65_HS1-834228961_62-HQ-83894_Serial_164
Agency: FBI
Page 54
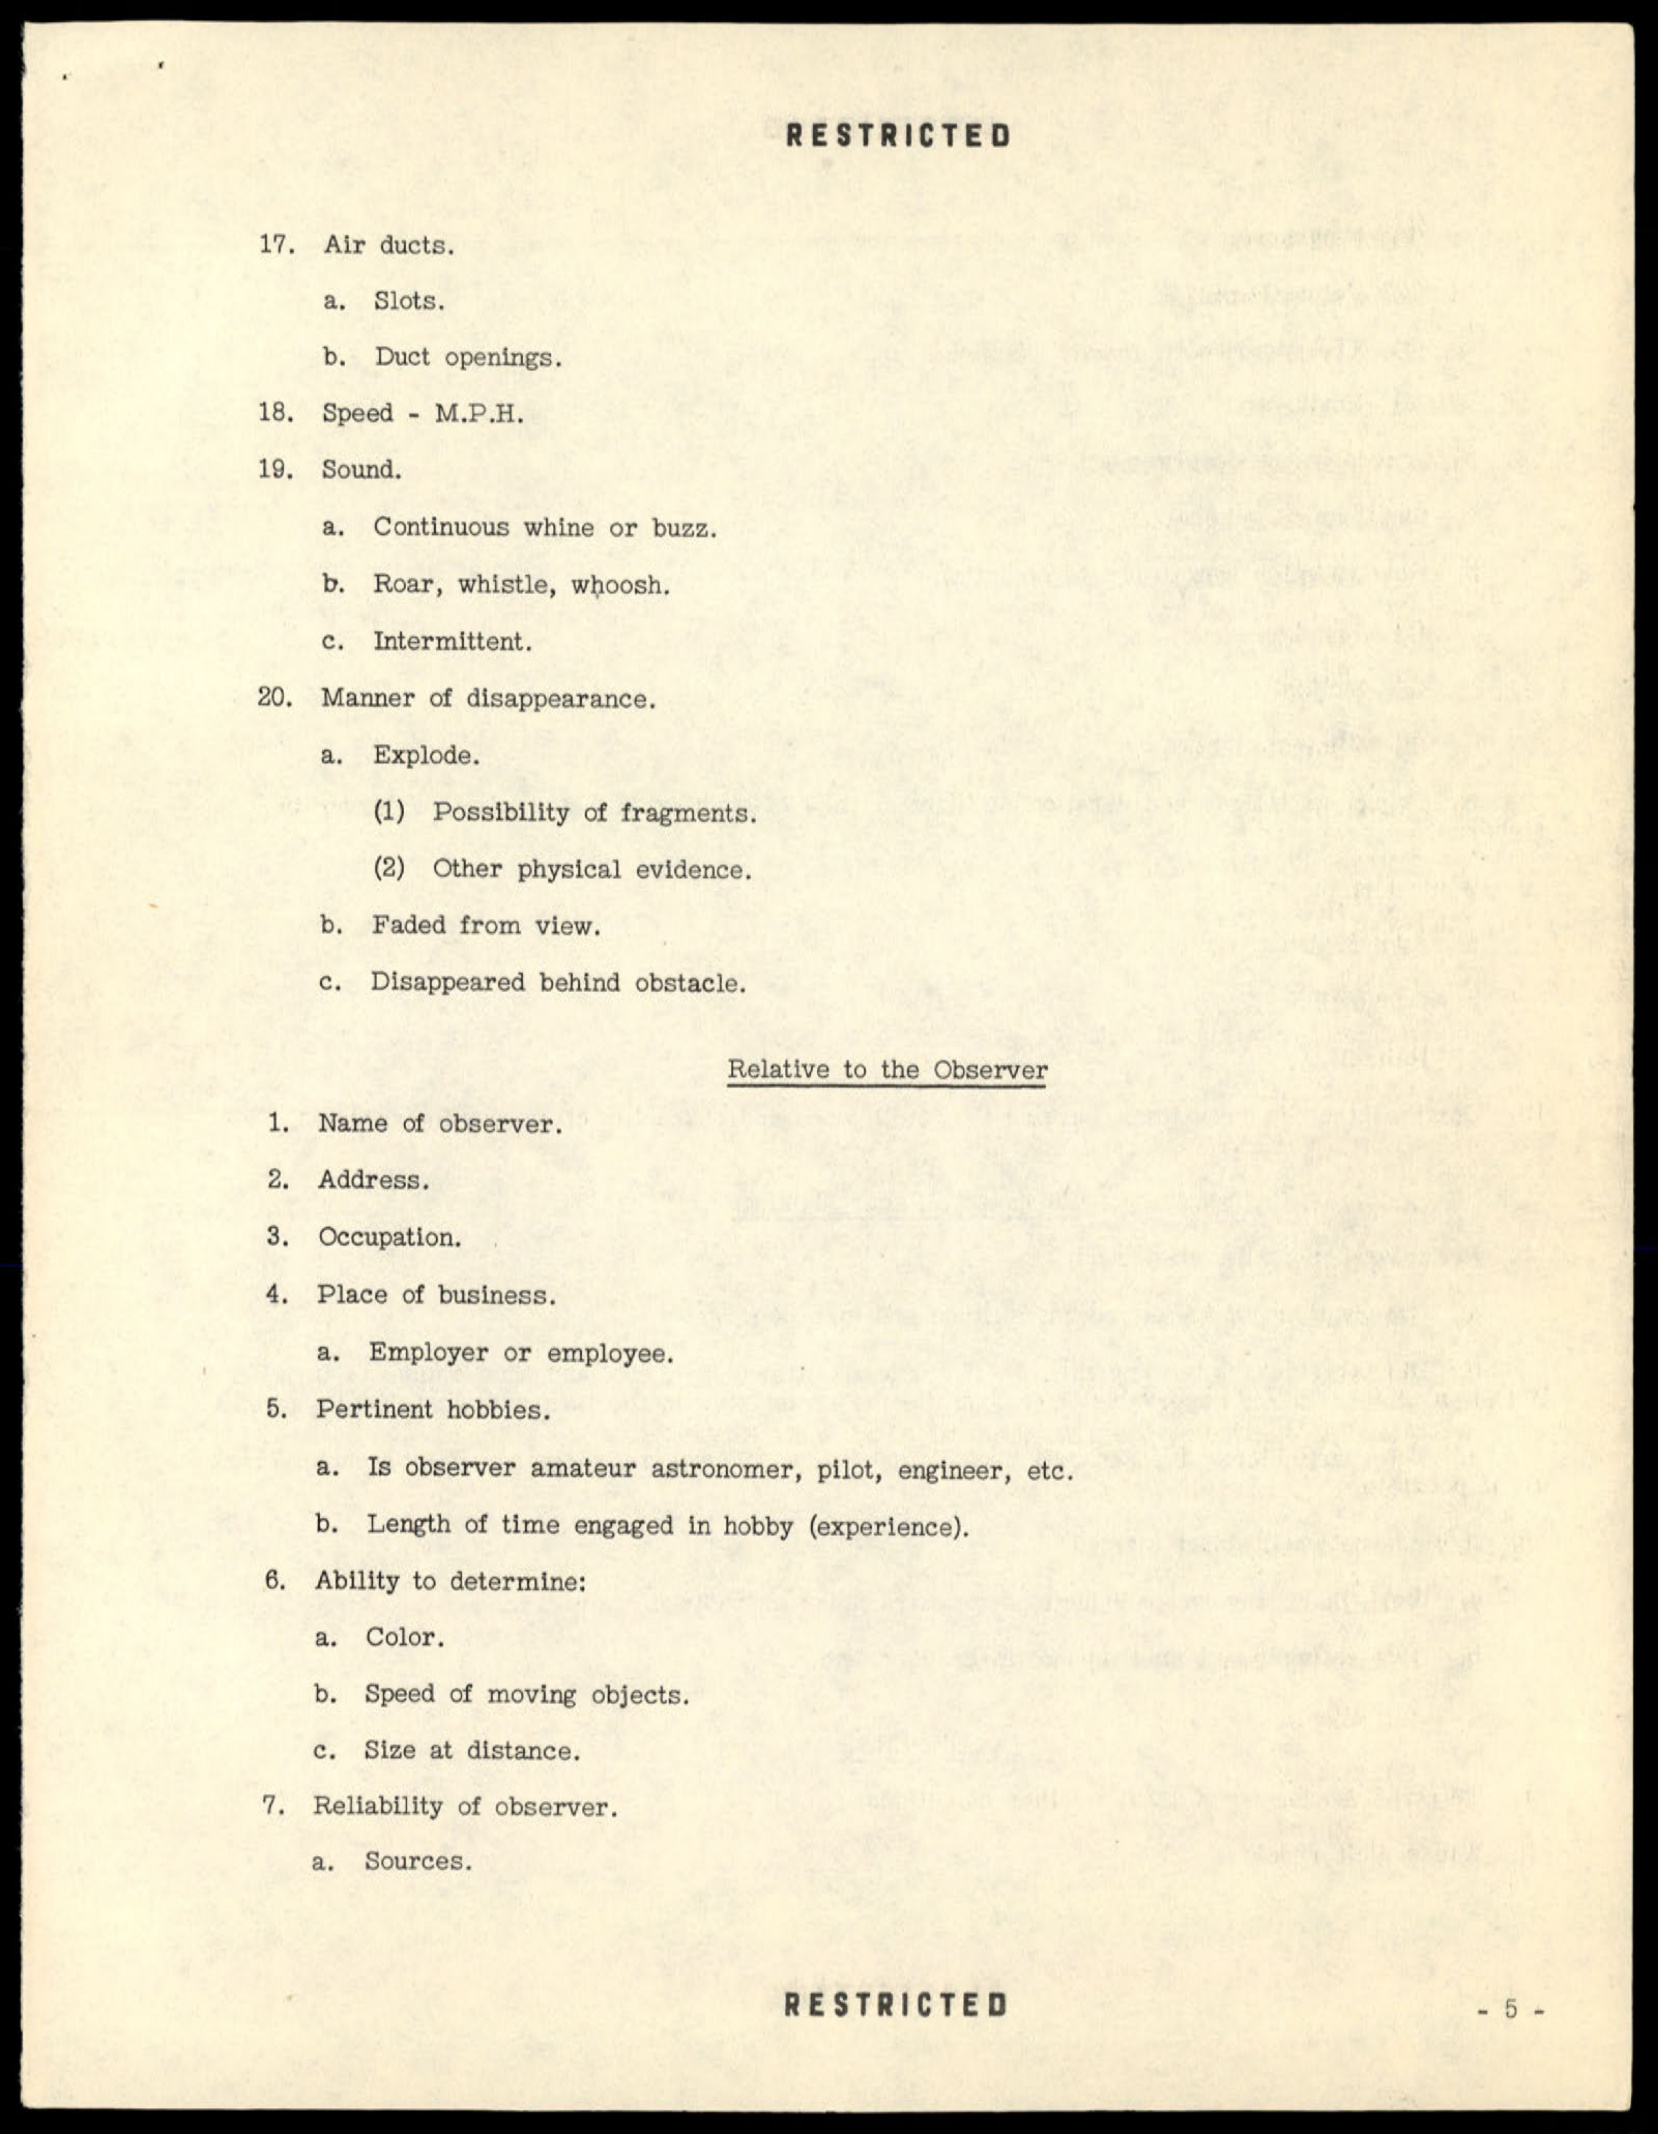